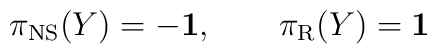
\pi_{\rm NS}(Y)= -{\bf 1}, \qquad \pi_{\rm R} (Y) = {\bf 1}